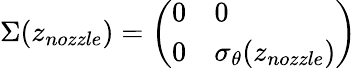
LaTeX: \Sigma(z_{nozzle})=\left(\begin{array}{ll}{0}&{0}\\ {0}&{\sigma_{\theta}(z_{nozzle})}\end{array}\right)